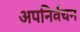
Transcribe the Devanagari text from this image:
अपनिर्वचन